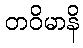
တဝိမာနိ